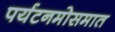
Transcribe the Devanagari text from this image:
पर्यटनमोसमात